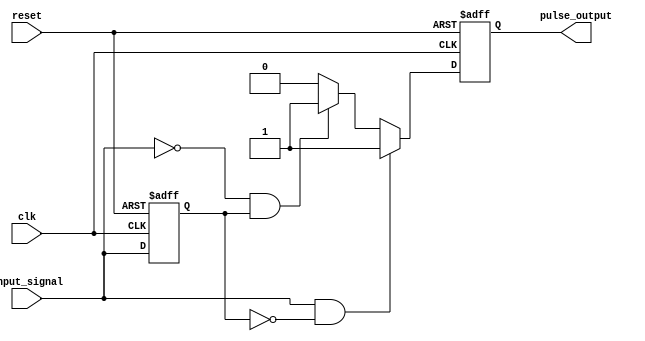
module PulseEdgeDetector (
    input wire clk,               // Clock signal
    input wire reset,             // Asynchronous reset signal
    input wire input_signal,       // Input signal to detect edges
    output reg pulse_output       // Pulse output for each detected edge
);

    reg previous_state;           // Register to hold the previous state of input_signal

    // Asynchronous reset and state update on the rising edge of clk
    always @(posedge clk or posedge reset) begin
        if (reset) begin
            previous_state <= 1'b0; // Initialize previous state to low
            pulse_output <= 1'b0;    // Initialize pulse output to low
        end else begin
            // Edge detection logic
            if (input_signal && !previous_state) begin
                // Rising edge detected
                pulse_output <= 1'b1; // Generate a pulse
            end else if (!input_signal && previous_state) begin
                // Falling edge detected
                pulse_output <= 1'b1; // Generate a pulse
            end else begin
                pulse_output <= 1'b0; // No edge detected, output is low
            end
            
            // Update previous state
            previous_state <= input_signal;
        end
    end

endmodule